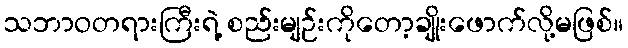
သဘာဝတရားကြီးရဲ့ စည်းမျဉ်းကိုတော့ချိုးဖောက်လို့မဖြစ်။